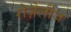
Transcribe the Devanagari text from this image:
रोज़ेलीज